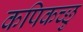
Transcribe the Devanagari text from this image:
कपिकच्छु